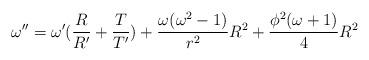
LaTeX: \begin{align*}\omega''=\omega'(\frac{R}{R'}+\frac{T}{T'})+\frac{\omega(\omega^{2}-1)}{r^{2}}R^{2}+\frac{\phi^{2} (\omega+1)}{4}R^{2}\end{align*}